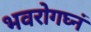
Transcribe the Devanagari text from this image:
भवरोगघ्नं